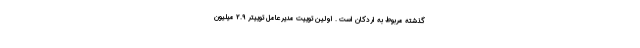
گذشته مربوط به اردکان است . اولین توییت مدیرعامل توییتر ۲.۹ میلیون